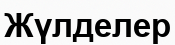
Жүлделер